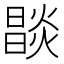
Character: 𤏒